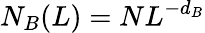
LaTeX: N_{B}(L)=NL^{-d_{B}}